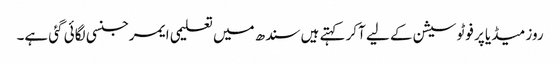
روز میڈیا پر فوٹو سیشن کے لیے آکر کہتے ہیں سندھ میں تعلیمی ایمرجنسی لگائی گئی ہے۔